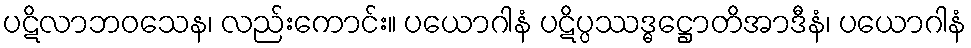
ပဋိလာဘဝသေန၊ လည်းကောင်း။ ပယောဂါနံ ပဋိပ္ပဿဒ္ဓဋ္ဌောတိအာဒီနံ၊ ပယောဂါနံ